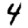
Digit: 4